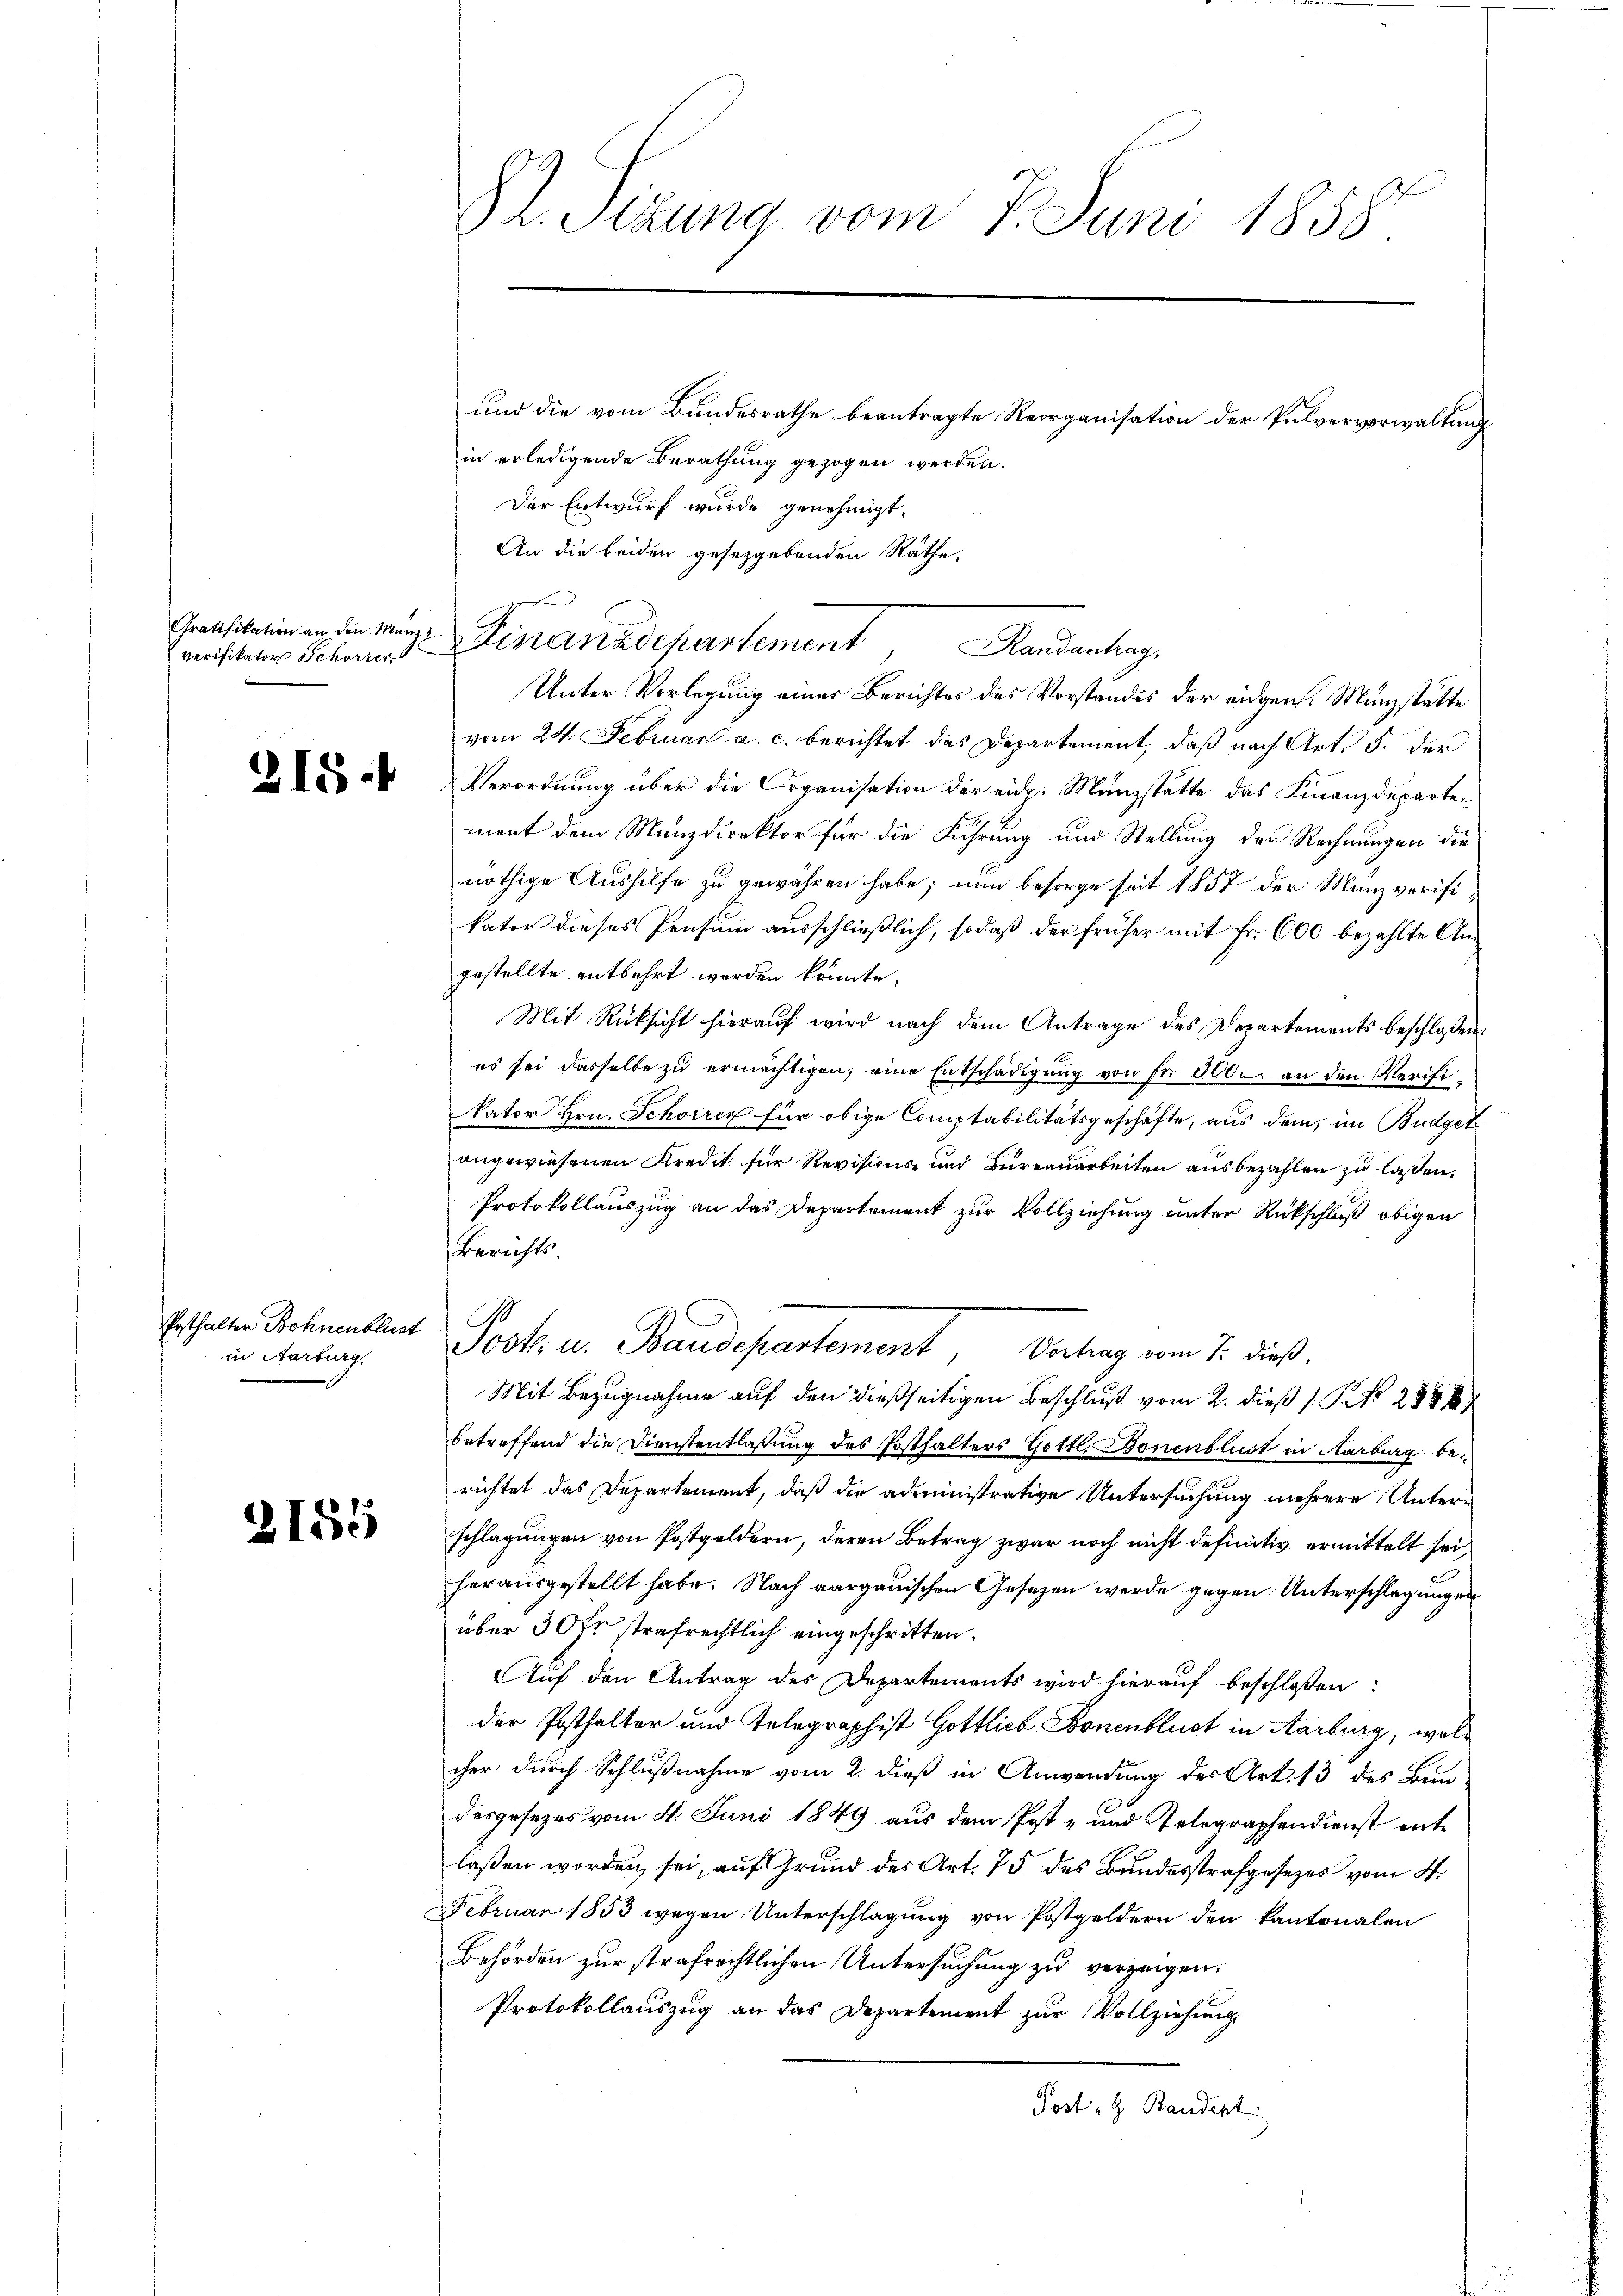
Gratifikation an den Manz z
verifikator Schörter

218.

Posthalter Bohnenblust
in Aarburg.

2185

in erledigende Berathung gezogen werden.
Der Entwurf wurde genehmigt.
An die beiden gesetzgebenden Räthe,
ger

82. Sizung vom 7. Juni 1858.

Finanzdepartement, Mandantung

Berichts.

Unter Vorlegung eines Berichtes des Vorstandes der eidgen. Manzstätte
vom 24. Februar a. c. berichtet das Departement, daß nach Art. 5. der
Verordnung über die Organisation der eidg. Münzstatte das Finanzdeparten
ment dem Manzdirektor für die Führung und Stellung der Rechnungen die
nöthige Aushilfe zu gewähren habe; nun besorge seit 1857 der Manzverifikator dieses Pensum ausschließlich, sodaß der früher mit Fr. 600 bezahlte Angestellte entbehrt worden könnte.
Mit Rücksicht hierauf wird nach dem Antrage des Departements beschlossen:
es sei dasselbe zu ermächtigen, eine Entschädigung von Fr. 3000 an den Verifikator Hrn. Schorrer für obige Comptabilitätsgeschäfte, aus dem im Budgetangewiesenen Kredit für Revisions- und Bureauarbeiten ausbezahlen zu lassen,
Protokollauszug an das Departement zur Vollziehung unter Rückschluß obigen
Mit Bezugnahme auf den dießseitigen Beschluß vom 2. dieß P. Nr. 2988
betreffend die Dienstentlaßung des Posthalters Gottl. Bonenblust in Karburg berichtet das Departement, daß die administrative Untersuchung mehrere Unterschlagungen von Postpoldern, deren Betrag zwar noch nicht definitiv ermittelt sei,
herausgestellt habe. Nach aargauischen Gesetzen werde gegen Unterschlagungen
über 30 fr strafrechtlich eingeschritten.
Auf den Antrag des Departements wird hierauf beschlossen:
der Posthalter und Telegraphist Gottlieb Bonenblust in Aarburg, wolcher durch Schlußnahme vom 2. dieß in Anwendung des Art. 13 des Bundesgesezes vom 4. Juni 1849 aus dem Post- und Telegraphendienst entlaßen worden sei, auf Grund des Art. 75 des Bundesstrafgesezes vom 4.
Februar 1853 wegen Unterschlagung von Postgeldern den kantonalen
Behörden zur strafrechtlichen Untersuchung zu verzeigen.
Protokollauszug an das Departement zur Vollziehung
Post G. Bandent.

Post u. Baudepartement, Betrag vom 7. dieß.

und die vom Bundesrathe beantragte Reorganisation der Pulvervorwaltung